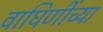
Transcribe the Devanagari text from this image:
वाघिणींच्या